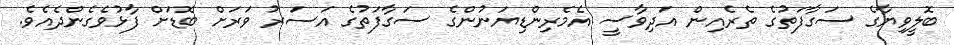
ބޮލީވިޔާގެ ސަގާފަތުގެ ތެރެއިން އަދިވާސީ އެމެރިންޑިޔަނުންގެ ސަގާފަތުގެ އަސަރު ވަރަށް ބޮޑަށް ފާޅުވެގެންދެއެވެ.